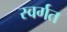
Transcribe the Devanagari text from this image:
स्वर्गत